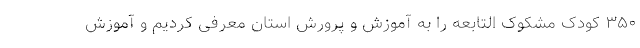
۳۵۰ کودک مشکوک التابعه را به آموزش و پرورش استان معرفی کردیم و آموزش